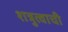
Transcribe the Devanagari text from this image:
शत्रुत्वाची